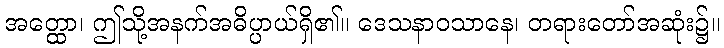
အတ္ထော၊ ဤသို့အနက်အဓိပ္ပာယ်ရှိ၏။ ဒေသနာဝသာနေ၊ တရားတော်အဆုံး၌။